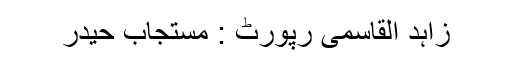
زاہد القاسمی رپورٹ : مستجاب حیدر